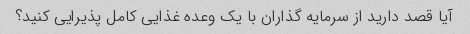
آیا قصد دارید از سرمایه گذاران با یک وعده غذایی کامل پذیرایی کنید؟